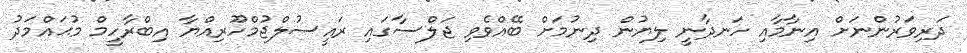
ދަރިވަރުންނަށް އިނާމާއި ހަނދާނީ ލިޔުން ދިނުމަށް ބޭއްވެވި ޖަލްސާގައި ރައީސުލްޖުމްހޫރިއްޔާ އިބްރާހީމް މުޙައްމަދު